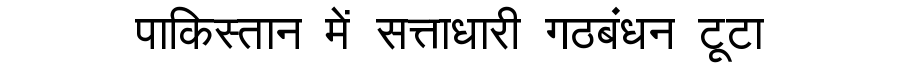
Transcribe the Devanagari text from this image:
पाकिस्तान में सत्ताधारी गठबंधन टूटा